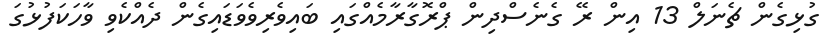
ގުޅިގެން ޗެނަލް 13 އިން ރޭ ގެނެސްދިން ޕްރޮގާރާމެއްގައި ބައިވެެރިވެވަޑައިގެން ދެއްކެވި ވާހަކަފުޅުގަ